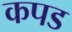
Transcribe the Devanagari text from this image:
कपड